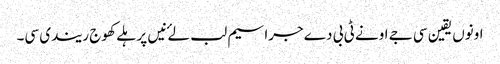
اونوں یقین سی جے اونے ٹی بی دے جراسیم لب لۓ نیں پر ہلے کھوج ریندی سی۔